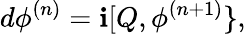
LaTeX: d\phi^{(n)}=\mathbf{i}[Q,\phi^{(n+1)}\} ,